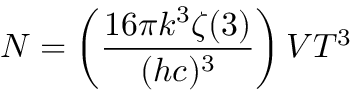
N = \left( { \frac { 1 6 \pi k ^ { 3 } \zeta ( 3 ) } { ( h c ) ^ { 3 } } } \right) V T ^ { 3 }